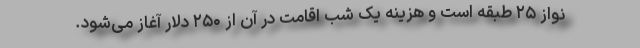
نواز ۲۵ طبقه است و هزینه یک شب اقامت در آن از ۲۵۰ دلار آغاز می‌شود.